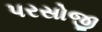
પરસોજી